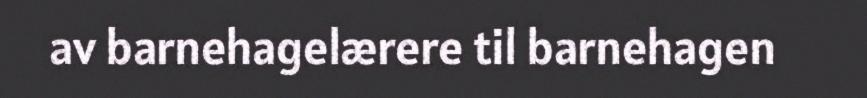
av barnehagelærere til barnehagen